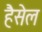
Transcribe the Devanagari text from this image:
हैसेल